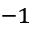
^ { - 1 }